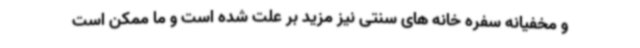
و مخفیانه سفره خانه های سنتی نیز مزید بر علت شده است و ما ممکن است